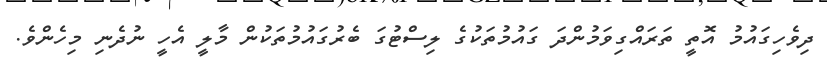
ދިވެހިގައުމު އޮތީ ތަރައްގިވަމުންދަ ގައުމުތަކުގެ ލިސްޓުގަ ބެރުގައުމުތަކުން މާލީ އެހީ ނުދެނި މިހެންވެ.